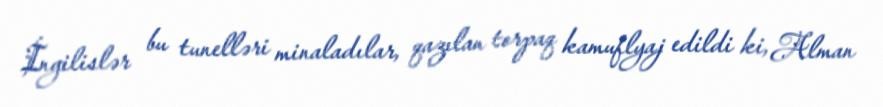
İngilislər bu tunelləri minaladılar, qazılan torpaq kamuflyaj edildi ki, Alman